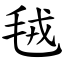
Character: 毧